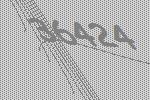
36424